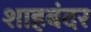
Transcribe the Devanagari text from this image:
शाहबंदर